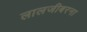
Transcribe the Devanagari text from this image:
लालजीबरना